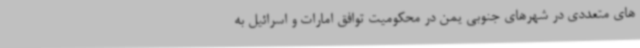
های متعددی در شهرهای جنوبی یمن در محکومیت توافق امارات و اسرائیل به